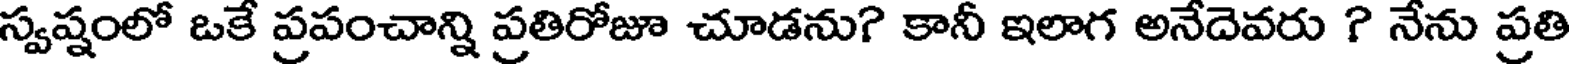
స్వష్షంలో ఒకే ప్రపంచాన్ని ప్రతిరోజూ చూడను? కానీ ఇలాగ అనేదెవరు ? నేను ప్రతి